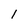
Character: 1